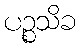
ပဉ္စသိခ